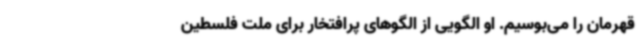
قهرمان را می‌بوسیم. او الگویی از الگوهای پرافتخار برای ملت فلسطین